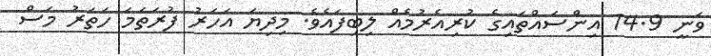
ވަނީ 14.9 އިންސައްތައިގެ ކުރިއެރުމެއް ލިބިފައެވެ. މިދިޔަ އަހަރު ފުރަތަމަ ހަތަރު މަސް